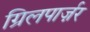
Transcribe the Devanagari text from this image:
ग्रिलपार्ज़र